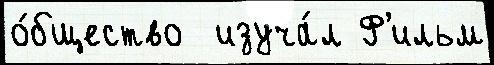
о́бщество  изуча́л Ф'ильм